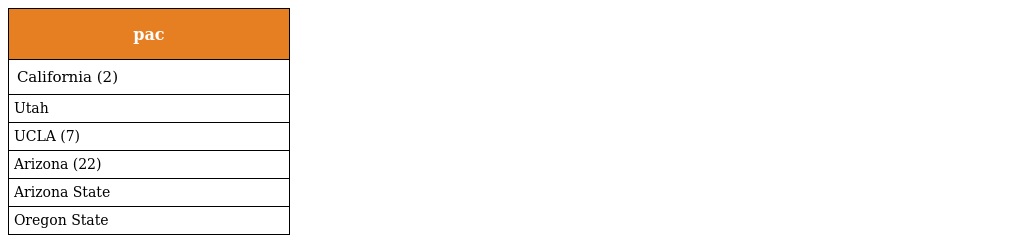
| pac |
 | --- |
 | California (2) |
 | Utah |
 | UCLA (7) |
 | Arizona (22) |
 | Arizona State |
 | Oregon State |